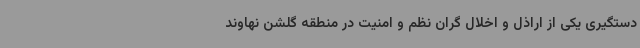
دستگیری یکی از اراذل و اخلال گران نظم و امنیت در منطقه گلشن نهاوند